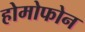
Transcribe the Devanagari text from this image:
होमोफोन